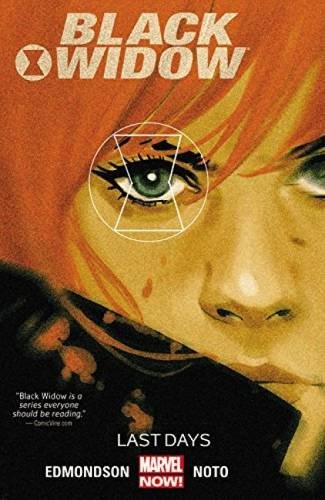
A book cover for Black Widow Vol. 3: Last Days; Marvel Comics; Comics & Graphic Novels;